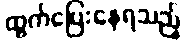
ထွက်ပြေးနေရသည့်